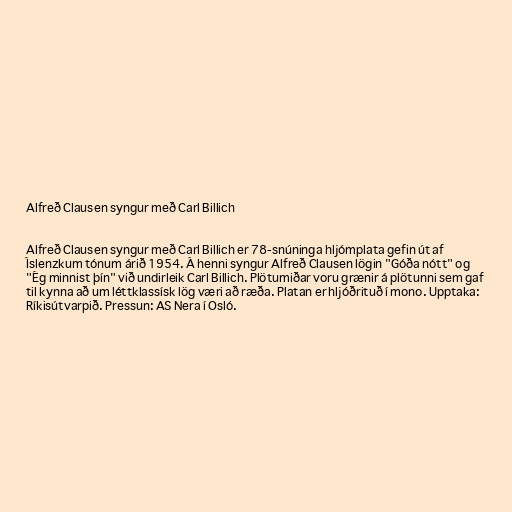
Alfreð Clausen syngur með Carl Billich

Alfreð Clausen syngur með Carl Billich er 78-snúninga hljómplata gefin út af
Íslenzkum tónum árið 1954. Á henni syngur Alfreð Clausen lögin "Góða nótt" og
"Ég minnist þín" við undirleik Carl Billich. Plötumiðar voru grænir á plötunni sem gaf
til kynna að um léttklassísk lög væri að ræða. Platan er hljóðrituð í mono. Upptaka:
Ríkisútvarpið. Pressun: AS Nera í Osló.